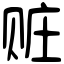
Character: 赃